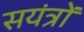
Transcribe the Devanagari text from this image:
सयंत्रों